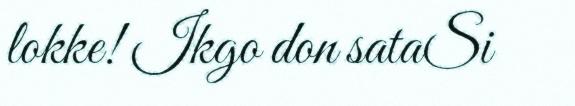
lokke! Ikgo don sataSi